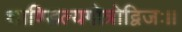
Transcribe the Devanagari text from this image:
शाण्डिल्यगोत्रोद्विजः॥